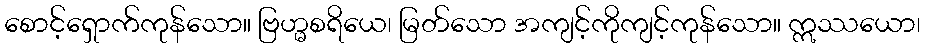
စောင့်ရှောက်ကုန်သော။ ဗြဟ္မစရိယေ၊ မြတ်သော အကျင့်ကိုကျင့်ကုန်သော။ ဣဿယော၊